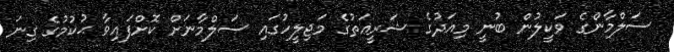
ސަލްމާންގެ ވަކީލުން ބުނީ މިއަދުގެ ޝަރީޢަތުގެ މަޖިލީހުގައި ސަލްމާނަށް ކޮށްފައިވާ ޙުކުމުގެ ގިނަ